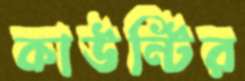
কাউন্টির